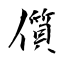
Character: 儨